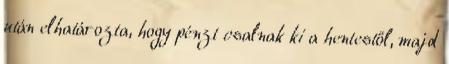
után elhatározta, hogy pénzt csalnak ki a hentestől, majd